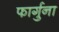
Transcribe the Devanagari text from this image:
फार्गुना